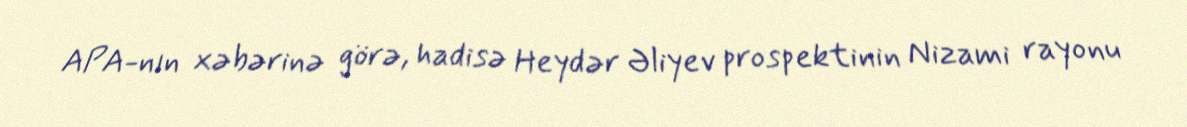
APA-nın xəbərinə görə, hadisə Heydər Əliyev prospektinin Nizami rayonu